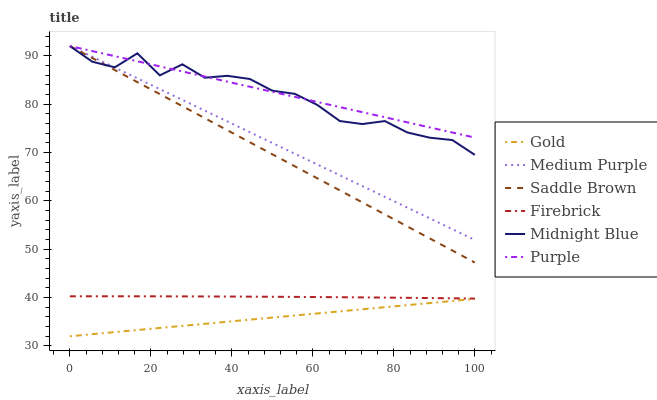
| xaxis_label | Gold | Medium Purple | Saddle Brown | Firebrick | Midnight Blue | Purple |
 | --- | --- | --- | --- | --- | --- | --- |
 | 0 | 32 | 92 | 92 | 40.3 | 92 | 92 |
 | 5.56 | 32.4 | 89.8 | 89.5 | 40.3 | 88.7 | 90.9 |
 | 11.1 | 32.9 | 87.5 | 87 | 40.3 | 87.6 | 89.9 |
 | 16.7 | 33.3 | 85.3 | 84.5 | 40.3 | 90.5 | 88.8 |
 | 22.2 | 33.7 | 83.1 | 82.1 | 40.2 | 85.9 | 87.8 |
 | 27.8 | 34.1 | 80.9 | 79.6 | 40.2 | 88.2 | 86.7 |
 | 33.3 | 34.6 | 78.6 | 77.1 | 40.2 | 85.4 | 85.7 |
 | 38.9 | 35 | 76.4 | 74.6 | 40.2 | 85.8 | 84.6 |
 | 44.4 | 35.4 | 74.2 | 72.1 | 40.2 | 85.2 | 83.6 |
 | 50 | 35.9 | 72 | 69.6 | 40.2 | 82.8 | 82.5 |
 | 55.6 | 36.3 | 69.7 | 67.1 | 40.1 | 82.1 | 81.5 |
 | 61.1 | 36.7 | 67.5 | 64.6 | 40.1 | 79.8 | 80.4 |
 | 66.7 | 37.1 | 65.3 | 62.2 | 40.1 | 76.5 | 79.4 |
 | 72.2 | 37.6 | 63 | 59.7 | 40 | 75.9 | 78.3 |
 | 77.8 | 38 | 60.8 | 57.2 | 40 | 76.5 | 77.3 |
 | 83.3 | 38.4 | 58.6 | 54.7 | 39.9 | 74.1 | 76.2 |
 | 88.9 | 38.9 | 56.4 | 52.2 | 39.9 | 73 | 75.2 |
 | 94.4 | 39.3 | 54.1 | 49.7 | 39.8 | 72.6 | 74.1 |
 | 100 | 39.7 | 51.9 | 47.2 | 39.8 | 69.5 | 73.1 |